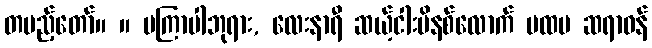
တပည့်တော်။ ။ မကြာပါဘုရား, လေးနာရီ ဆယ့်ငါးမိနစ်လောက် ပထမ ဆရာဝန်